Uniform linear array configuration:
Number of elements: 64
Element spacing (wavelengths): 0.25
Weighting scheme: hamming
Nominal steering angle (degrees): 45
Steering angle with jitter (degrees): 46.452
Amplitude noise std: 0.05
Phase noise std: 0.05

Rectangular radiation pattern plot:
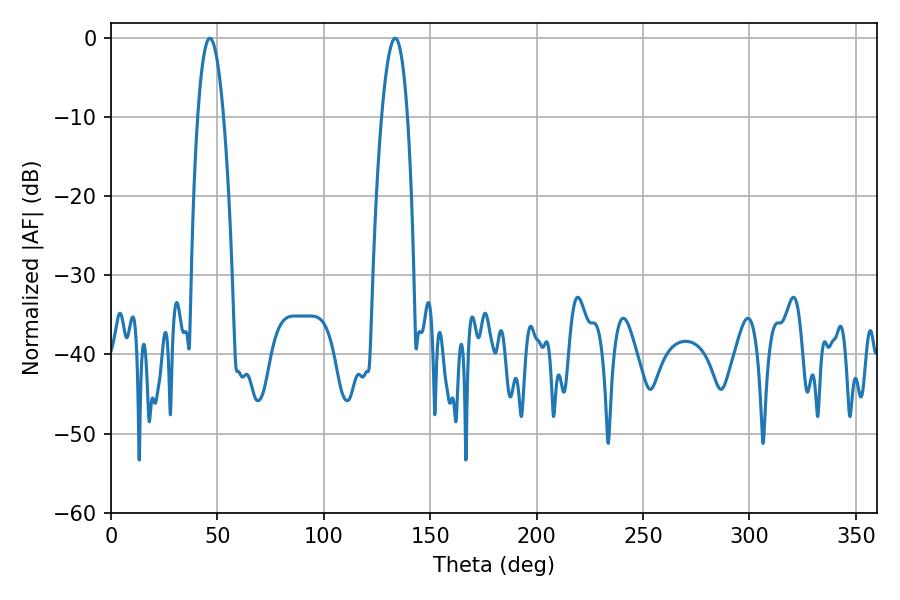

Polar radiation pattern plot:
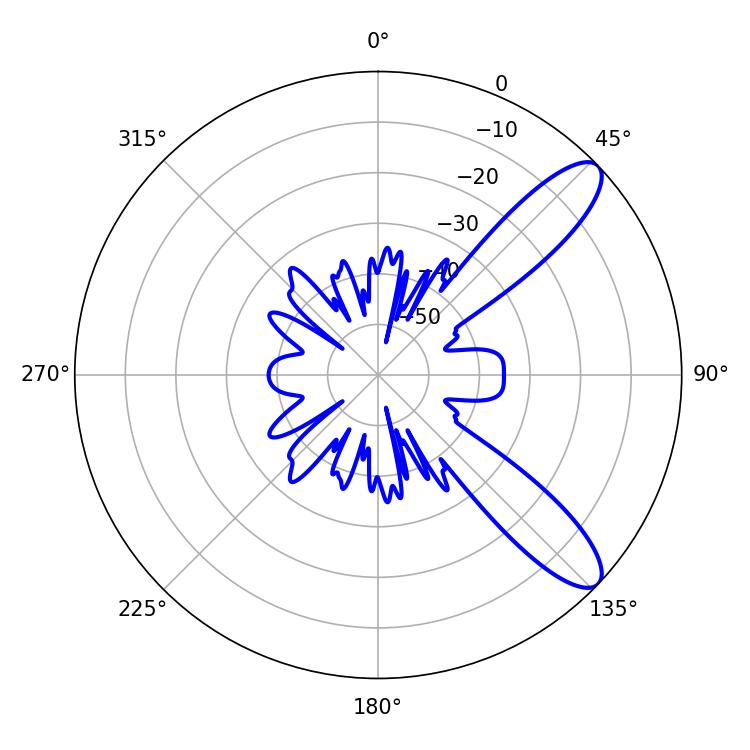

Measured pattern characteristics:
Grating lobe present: FALSE
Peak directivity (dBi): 10.388
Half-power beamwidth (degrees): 6.66
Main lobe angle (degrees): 46.44